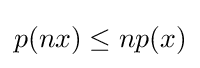
p(nx)\leq np(x)